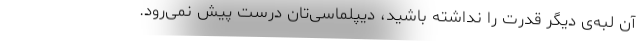
آن لبه‌ی دیگر قدرت را نداشته باشید، دیپلماسی‌تان درست پیش نمی‌رود.